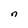
Character: n